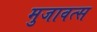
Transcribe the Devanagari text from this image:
मुजावत्स